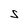
Character: S